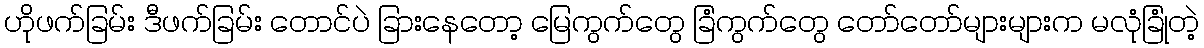
ဟိုဖက်ခြမ်း ဒီဖက်ခြမ်း တောင်ပဲ ခြားနေတော့ မြေကွက်တွေ ခြံကွက်တွေ တော်တော်များများက မလုံခြုံတဲ့